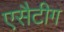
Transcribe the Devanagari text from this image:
एसैटीग